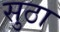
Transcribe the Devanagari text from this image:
सुठा